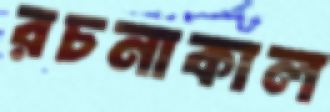
রচনাকাল